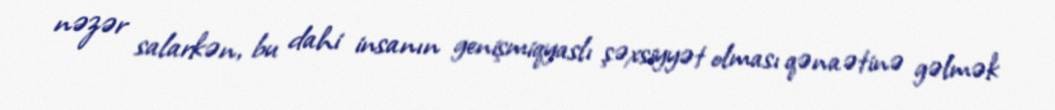
nəzər salarkən, bu dahi insanın genişmiqyaslı şəxsiyyət olması qənaətinə gəlmək